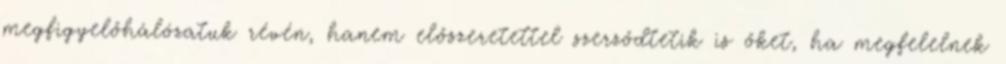
megfigyelőhálózatuk révén, hanem előszeretettel szerződtetik is őket, ha megfelelnek